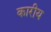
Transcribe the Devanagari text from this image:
कारीय